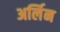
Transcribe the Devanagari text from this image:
अर्लिन